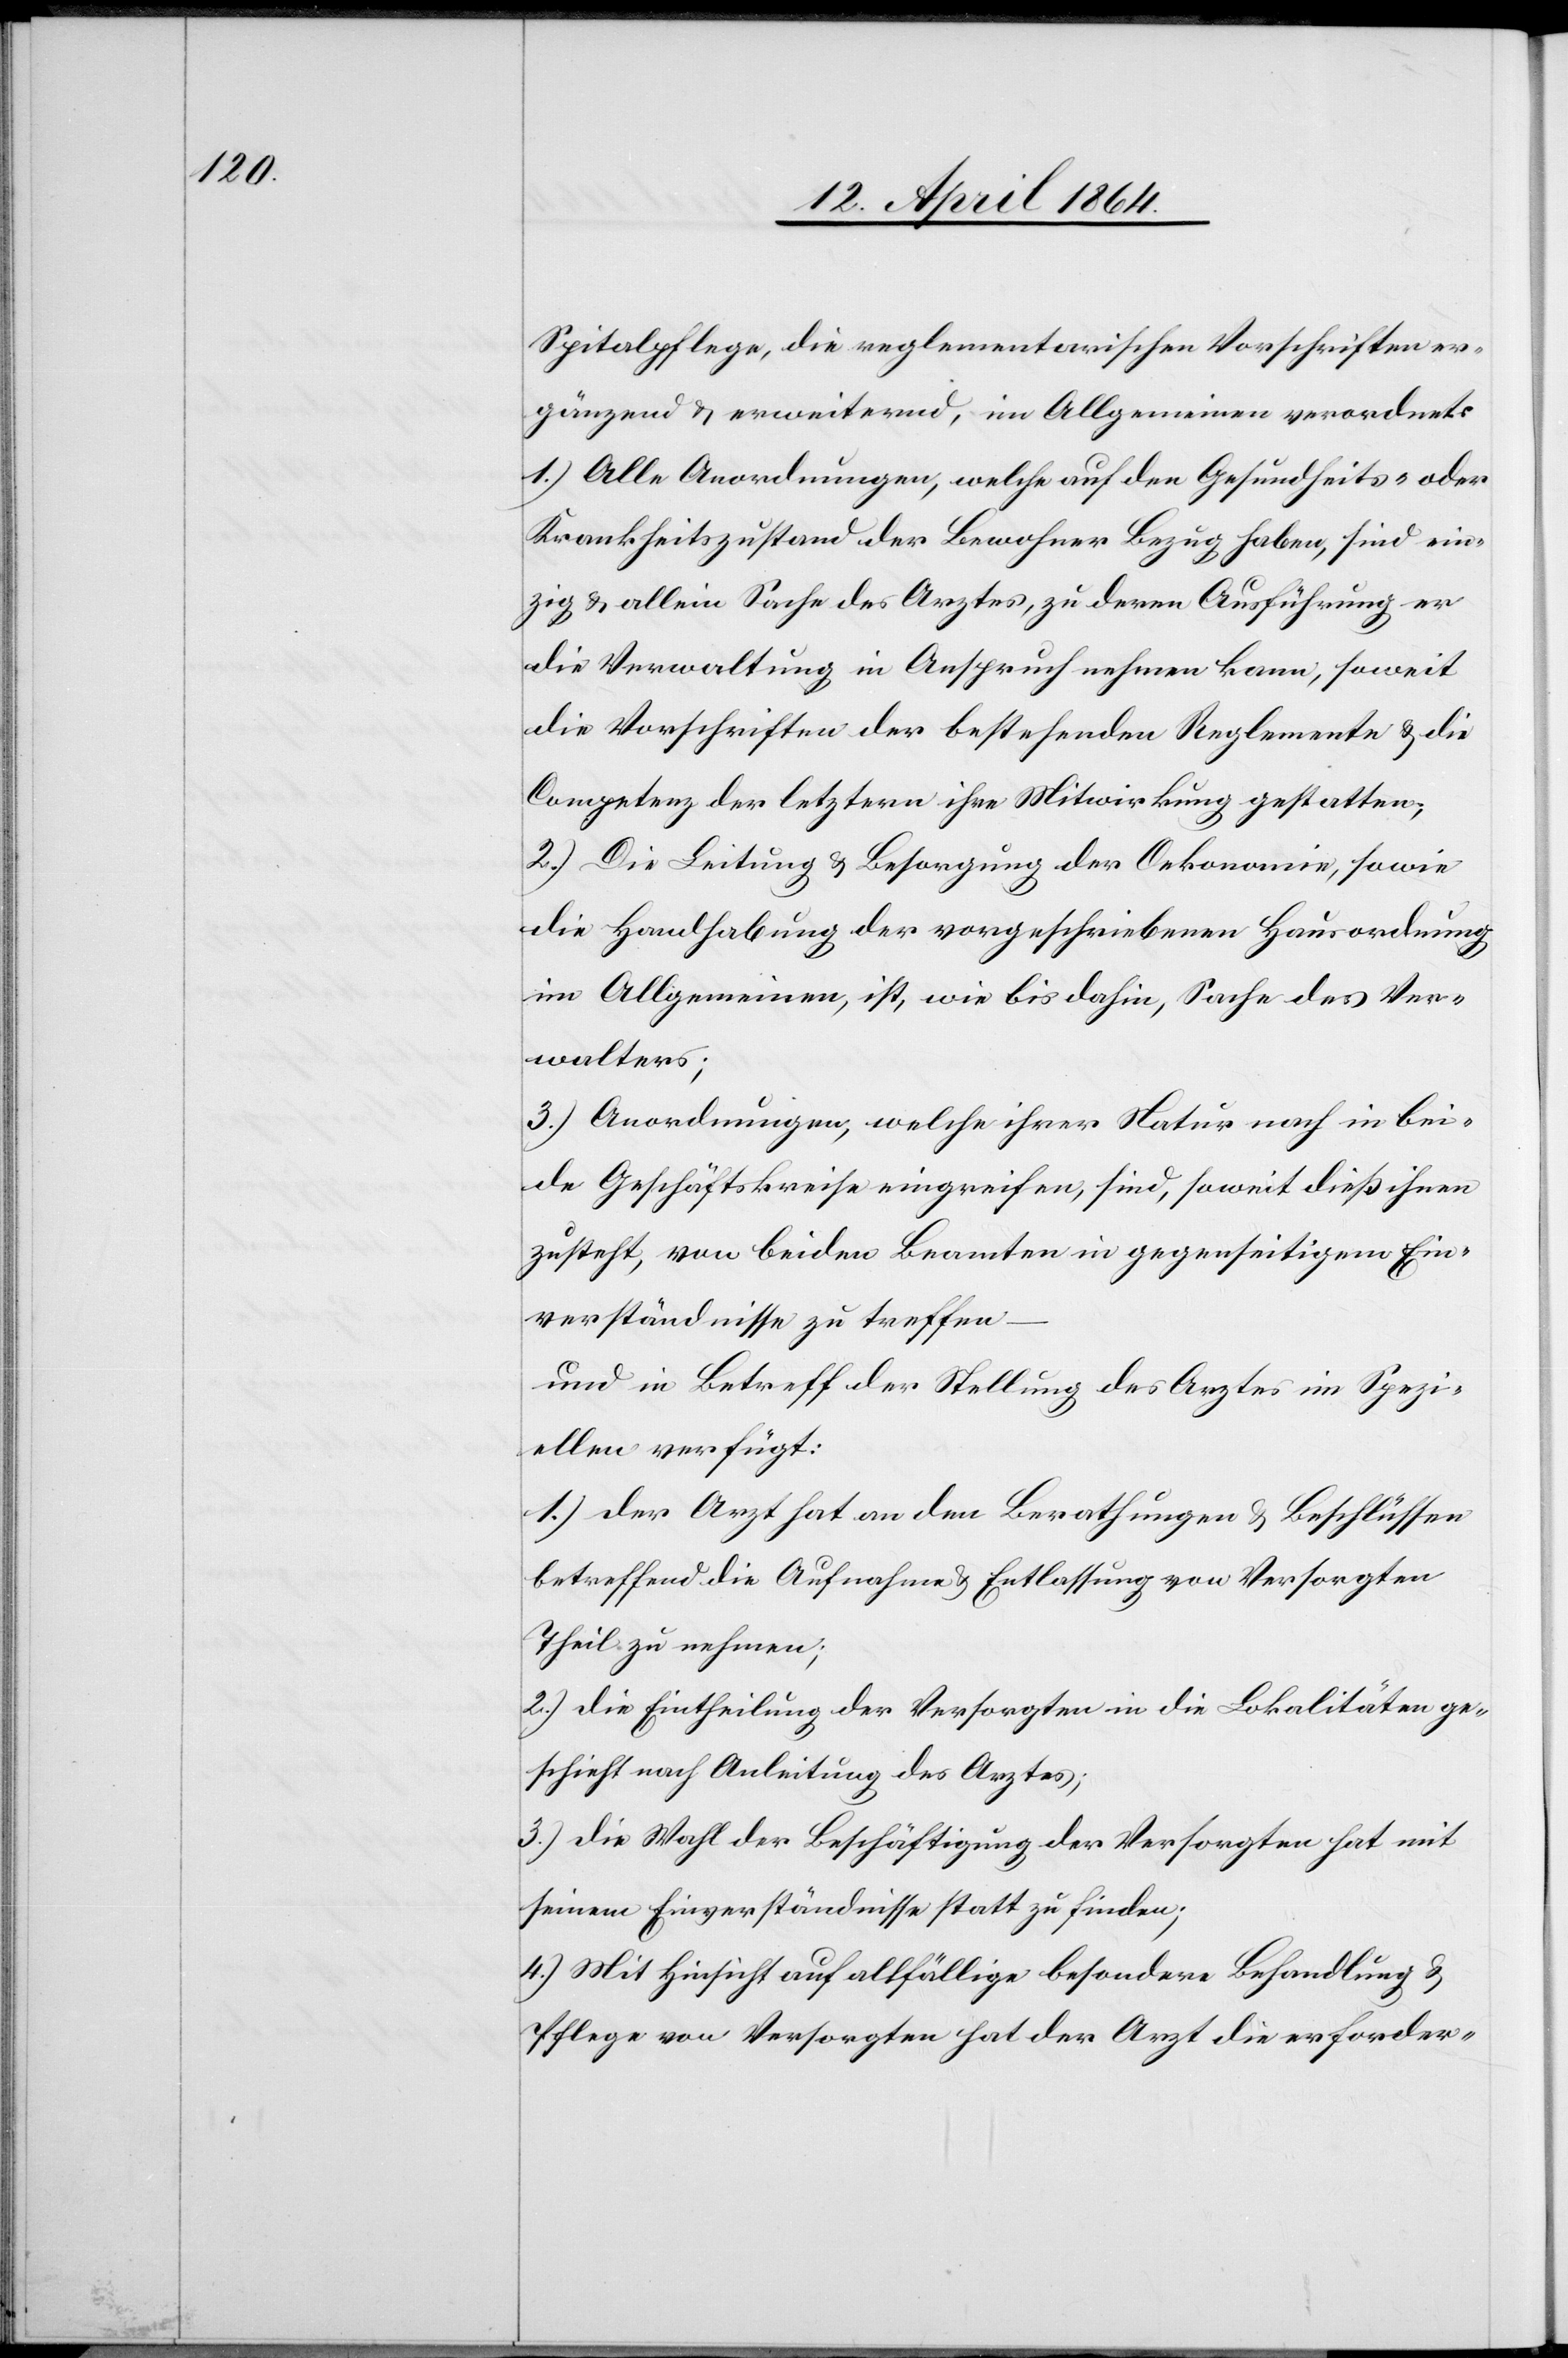
Spitalpflege, die reglementarischen Vorschriften er¬
gänzend u. erweiternd, im Allgemeinen verordnet:
1.) Alle Anordnungen, welche auf den Gesundheits- oder
Krankheitszustand der Bewohner Bezug haben, sind ein¬
zig u. allein Sache des Arztes, zu deren Ausführung er
die Verwaltung in Anspruch nehmen kann, soweit
die Vorschriften der bestehenden Reglemente u. die
Competenz der letztern ihre Mitwirkung gestatten;
2.) Die Leitung u. Besorgung der Oekonomie, sowie
die Handhabung der vorgeschriebenen Hausordnung
im Allgemeinen, ist, wie bis dahin, Sache des Ver¬
walters;
3.) Anordnungen, welche ihrer Natur nach in bei¬
de Geschäftskreise eingreifen, sind, soweit dieß ihnen
zusteht, von beiden Beamten in gegenseitigem Ein¬
verständnisse zu treffen
und in Betracht der Stellung des Arztes im Spezi¬
ellen verfügt
1.) Der Arzt hat an den Berathungen u. Beschlüssen
betreffend die Aufnahme u. Entlassung von Versorgten
Theil zu nehmen;
2.) Die Eintheilung der Versorgten in die Lokalitäten ge¬
schieht nach Anleitung des Arztes;
3.) Die Wahl der Beschäftigung der Versorgten hat mit
seinem Einverständnisse statt zu finden;
4.) Mit Hinsicht auf allfällige besondere Behandlung u.
Pflege von Versorgten hat der Arzt die erforder-